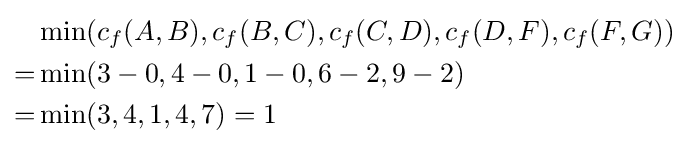
{\begin{aligned}&\min(c_{f}(A,B),c_{f}(B,C),c_{f}(C,D),c_{f}(D,F),c_{f}(F,G))\\=&\min(3-0,4-0,1-0,6-2,9-2)\\=&\min(3,4,1,4,7)=1\end{aligned}}